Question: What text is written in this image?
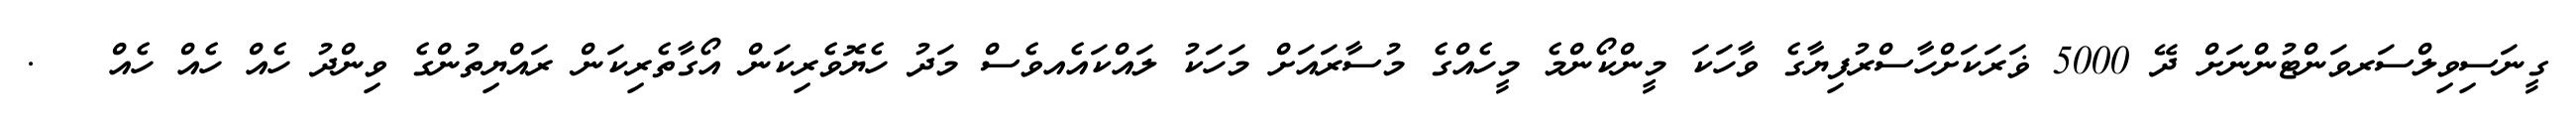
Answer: ގީނަސިވިލްސަރވަންޓުންނަށް ދޭ 5000 ޥަރަކަށްހާސްރުފިޔާގެ ވާހަކަ މީންކޯންމެ މީހެއްގެ މުސާރައަށް މަހަކު ލައްކައެއވެސް މަދު ހެޔޮވެރިކަން އޯގާތެރިކަން ރައްޔިތުންގެ ވިންދު ހެއް ހެއް ހެއް ???.